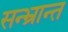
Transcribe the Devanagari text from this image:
सन्भ्रान्त